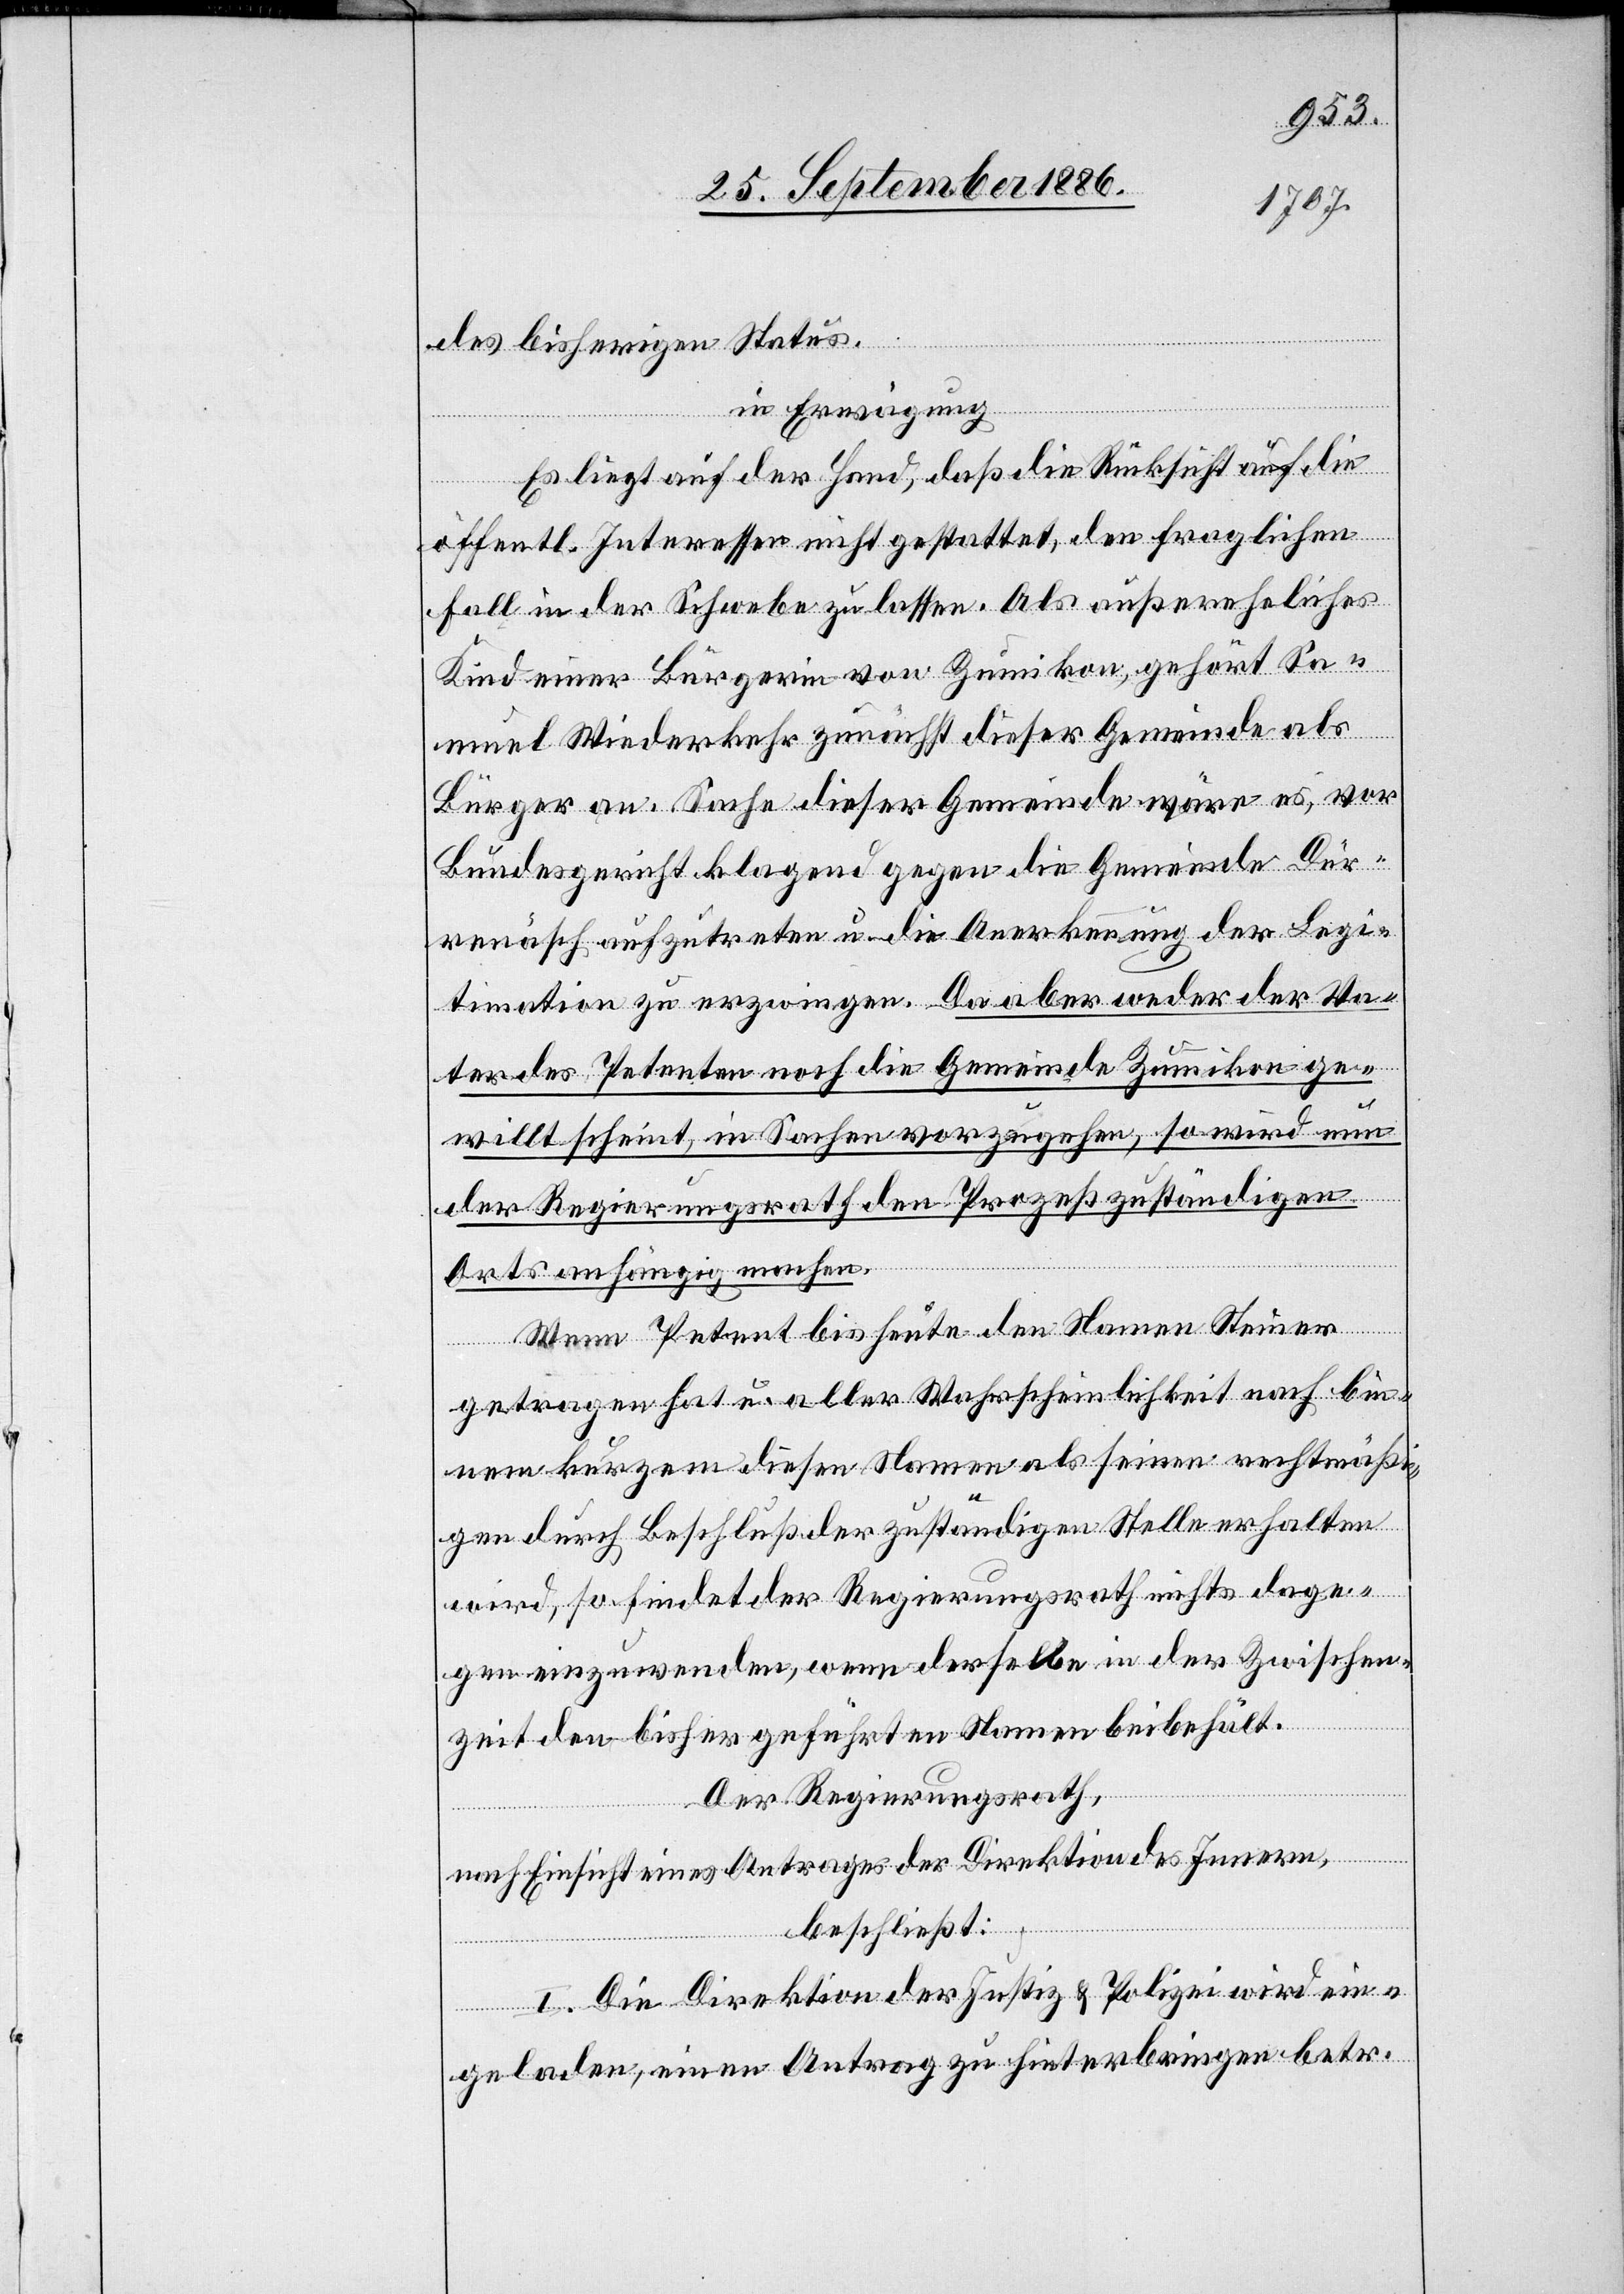
des bisherigen Status.
in Erwägung
Es liegt auf der Hand, daß die Rücksicht auf die
öffentl. Interessen nicht gestattet, den fraglichen
Fall in der Schwebe zu lassen. Als außereheliches
Kind einer Bürgerin von Zumikon, gehört Sa¬
muel Wiederkehr zunächst dieser Gemeinde als
Bürger an. Sache dieser Gemeinde wäre es, vor
Bundesgericht klagend gegen die Gemeinde Dür¬
renäsch aufzutreten u. die Anerkennung der Legi¬
timation zu erzwingen. Da aber weder der Va¬
ter des Petenten noch die Gemeinde Zumikon ge¬
willt scheint, in Sachen vorzugehen, so wird nun
der Regierungsrath den Prozeß zuständigen
Orts anhängig machen.
Wenn Petent bis heute den Namen Steiner
getragen hat u. aller Wahrscheinlichkeit nach bin¬
nen kurzem diesen Namen als seinen rechtmäßi¬
gen durch Beschluß der zuständigen Stelle erhalten
wird, so findet der Regierungsrath nichts dage¬
gen einzuwenden, wenn derselbe in der Zwischen¬
zeit den bisher geführten Namen beibehält.
Der Regierungsrath,
nach Einsicht eines Antrages der Direktion des Innern,
beschließt:
I. Die Direktion der Justiz & Polizei wird ein¬
geladen, einen Antrag zu hinterbringen betr.